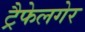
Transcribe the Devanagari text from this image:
ट्रैफेलगेर